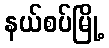
နယ်စပ်မြို့